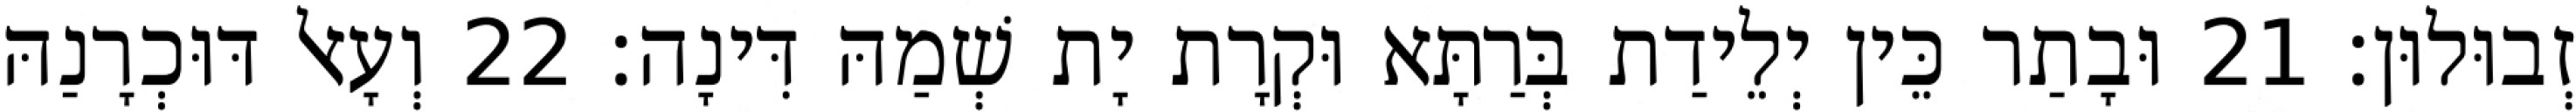
זְבוּלוּן׃ 21 וּבָתַר כֵּין יְלֵידַת בְּרַתָּא וּקְרָת יָת שְׁמַהּ דִּינָה׃ 22 וְעָאל דּוּכְרָנַהּ